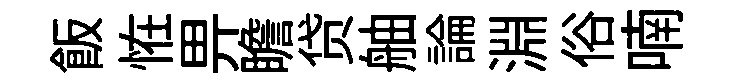
飯恠畀瞻贷舳論淵俗喃